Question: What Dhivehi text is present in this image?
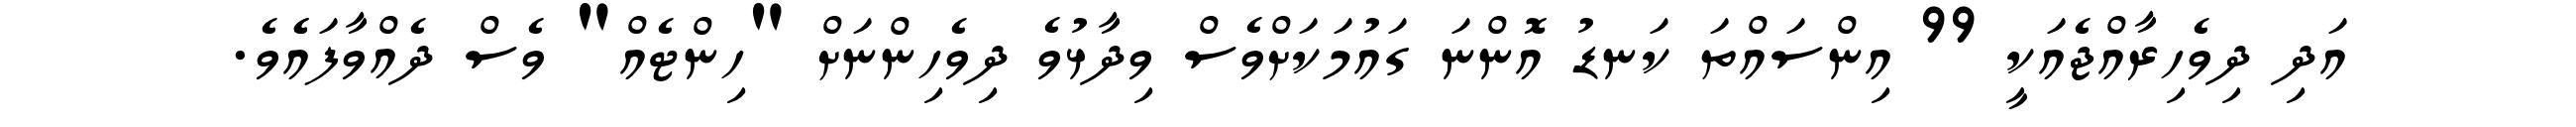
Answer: އަދި ދިވެހިރާއްޖެއަކީ 99 އިންސައްތަ ކަނޑު އޮންނަ ގައުމަކަށްވެސް ވިދާޅުވެ ދިވެހިންނަށް "ހިންޓެއް" ވެސް ދެއްވާފައެެވެ.